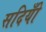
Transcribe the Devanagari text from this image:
सदियोँ